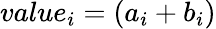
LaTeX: value_{i}=(a_{i}+b_{i})